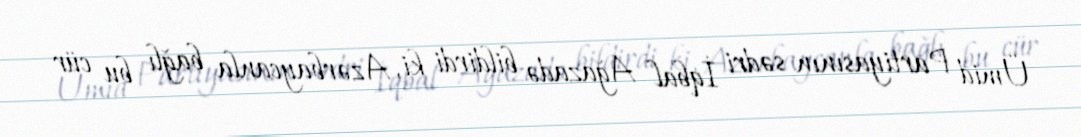
Ümid Partiyasının sədri İqbal Ağazadə bildirdi ki, Azərbaycanla bağlı bu cür